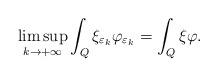
LaTeX: \begin{align*} \limsup_{k \rightarrow +\infty} \int_Q \xi_{\varepsilon_k} \varphi_{\varepsilon_k} = \int_Q \xi \varphi.\end{align*}